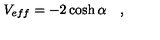
V _ { e f f } = - 2 \cosh \alpha \quad ,